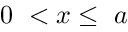
0 ~ < x \le ~ a